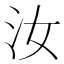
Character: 汝